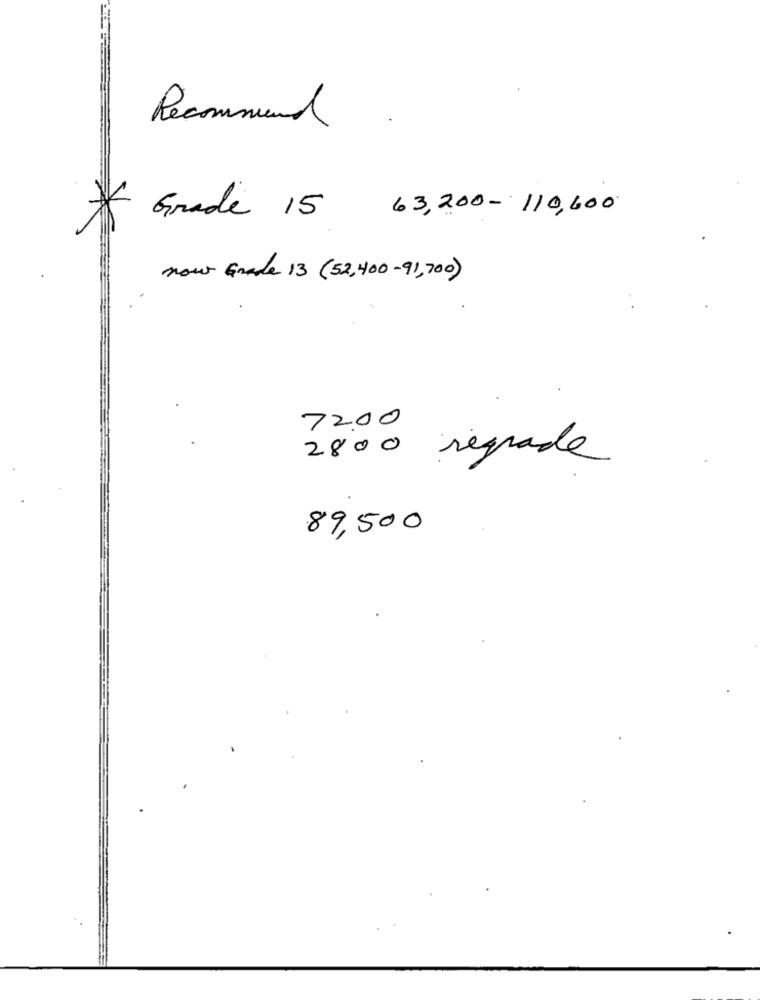
Recommend
* Grade 15 63,200- 110,600
now Grade 13 (52,400-91,700)
2800 regrade
89,500